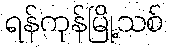
ရန်ကုန်မြို့သစ်